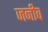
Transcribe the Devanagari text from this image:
जनीव